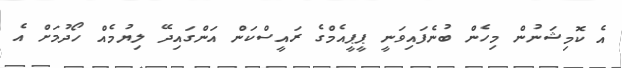
އެ ކޮމިޝަނުން މިހެން ބުނެފައިވަނީ ޕީޕީއެމްގެ ރައީސްކަން އަންގައިދޭ ލިޔުމެއް ހޯދުމަށް އެ